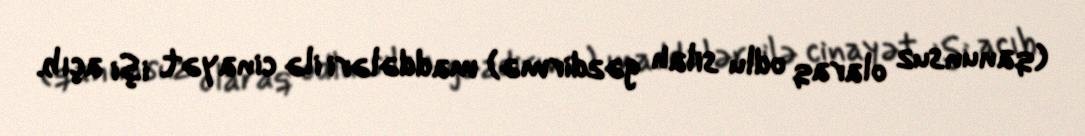
(qanunsuz olaraq odlu silah gəzdirmə) maddələri ilə cinayət işi açıb.